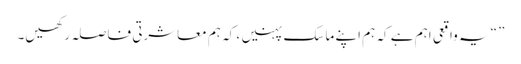
” “یہ واقعی اہم ہے کہ ہم اپنے ماسک پہنیں ، کہ ہم معاشرتی فاصلہ رکھیں۔